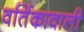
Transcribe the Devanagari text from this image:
वर्तिकावाली